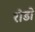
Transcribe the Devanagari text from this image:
रोडो